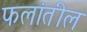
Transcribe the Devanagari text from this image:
फलांतील